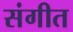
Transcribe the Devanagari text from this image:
संगीत